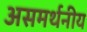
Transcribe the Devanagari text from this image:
असमर्थनीय